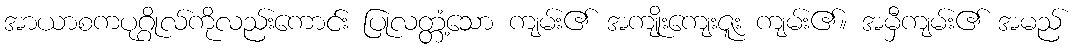
အာယာစကပုဂ္ဂိုလ်ကိုလည်းကောင်း ပြုလတ္တံ့သော ကျမ်း၏ အကျိုးကျေးဇူး ကျမ်း၏။ အမှီကျမ်း၏ အမည်